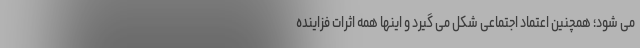
می شود؛ همچنین اعتماد اجتماعی شکل می گیرد و اینها همه اثرات فزاینده